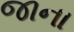
જાના